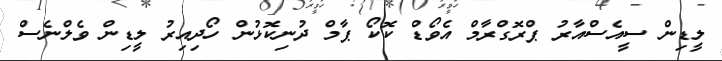
ލީޑިން ސީއެސްއާރު ޕްރޮގްރާމް އެވޯޑް ކޮކޯ ޕާމް ދުނިކޮޅުން ހޯދިއިރު ލީޑިން ވެލްނެސް